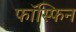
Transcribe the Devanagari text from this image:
फॉस्फिन